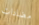
مضادات